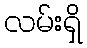
လမ်းရှိ